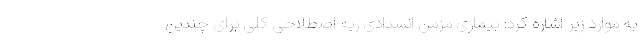
به موارد زیر اشاره کرد: بیماری مزمن انسدادی ریه اصطلاحی کلی برای چندین